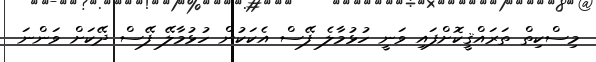
މިސްކިތް ތަރައްޤީކޮށްފައި ވަނީ ހުޅުމާލެ ފޭސް އެކަކުން ހުޅުމާލޭ ފޭސް ދޭކަށް ވަންނަ